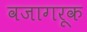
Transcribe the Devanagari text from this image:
वजागरूक